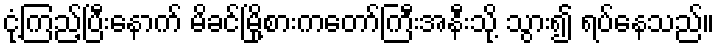
ငုံ့ကြည့်ပြီးနောက် မိခင်မြို့စားကတော်ကြီးအနီးသို့ သွား၍ ရပ်နေသည်။